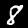
Digit: 8